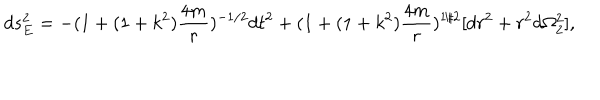
LaTeX: d s _ { E } ^ { 2 } = - ( 1 + ( 1 + k ^ { 2 } ) \frac { 4 m } { r } ) ^ { - 1 / 2 } d t ^ { 2 } + ( 1 + ( 1 + k ^ { 2 } ) \frac { 4 m } { r } ) ^ { 1 / 2 } [ d r ^ { 2 } + r ^ { 2 } d \Omega _ { 2 } ^ { 2 } ] ,